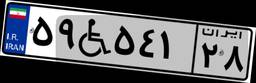
۶۴W۹۶۹۲۲